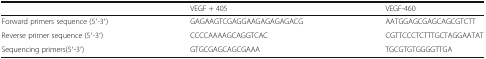
<table><thead><tr><td></td><td><b>VEGF + 405</b></td><td><b>VEGF-460</b></td></tr></thead><tbody><tr><td>Forward primers sequence (5′-3′)</td><td>GAGAAGTCGAGGAAGAGAGAGACG</td><td>AATGGAGCGAGCAGCGTCTT</td></tr><tr><td>Reverse primer sequence (5′-3′)</td><td>CCCCAAAAGCAGGTCAC</td><td>CGTTCCCTCTTTGCTAGGAATAT</td></tr><tr><td>Sequencing primers(5′-3′)</td><td>GTGCGAGCAGCGAAA</td><td>TGCGTGTGGGGTTGA</td></tr></tbody></table>